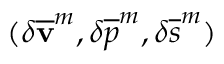
( \delta { \mathbf { \overline { { v } } } } ^ { m } , \delta { { \overline { { p } } } } ^ { m } , \delta { { \overline { { s } } } } ^ { m } )